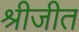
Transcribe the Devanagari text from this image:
श्रीजीत